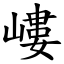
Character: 嶁